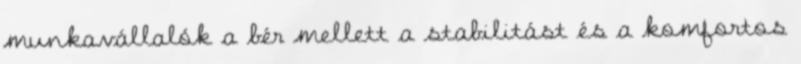
munkavállalók a bér mellett a stabilitást és a komfortos